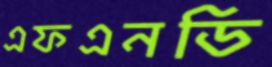
এফএনডি